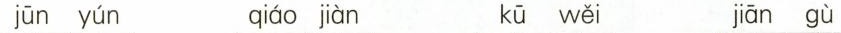
jūn yún qiáo jiàn kū wěi jiān gù